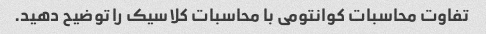
تفاوت محاسبات کوانتومی با محاسبات کلاسیک را توضیح دهید.